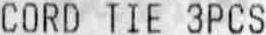
CORD TIE 3PCS